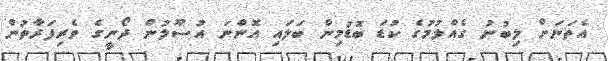
އެތަނަށް ލިބުނު ގެއްލުމުގެ ކުޑަ ބޮޑުމިން ބަލައި އޮންނަ އުސޫލުން ދޯނީގެ ވެރިފަރާތުން